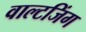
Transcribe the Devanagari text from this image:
वाल्टजिंग